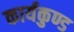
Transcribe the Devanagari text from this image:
कार्यकुण्ड